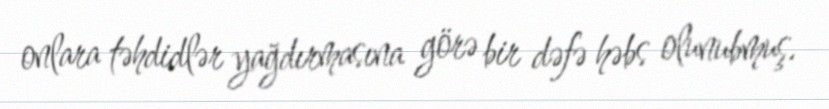
onlara təhdidlər yağdırmasına görə bir dəfə həbs olunubmuş.